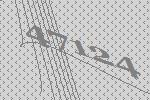
47124